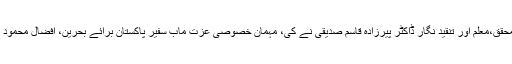
اس عالمی مشاعرے کی صدارت، پاک و ہند کے نامور شاعر،ادیب، محقق،معلّم اور تنقید نگار ڈاکٹر پیرزادہ قاسم صدیقی نے کی، مہمانِ خصوصی عزت مآب سفیرِ پاکستان برائے بحرین، افضال محمود تھے جبکہ مہمانِ اعزازناصر علی خان(فرزندِ شاہد نجیب آبادی) تھے۔